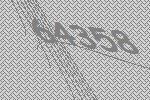
64358